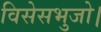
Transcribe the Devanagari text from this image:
विसेसभुजो।